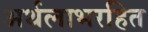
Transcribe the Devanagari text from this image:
अर्थलाभरहित